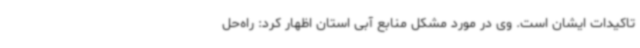
تاکیدات ایشان است. وی در مورد مشکل منابع آبی استان اظهار کرد: راه‌حل